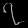
Digit: ၇